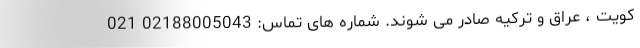
کویت ، عراق و ترکیه صادر می شوند. شماره های تماس: 02188005043 021